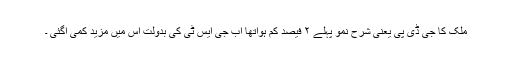
ملک کا جی ڈی پی یعنی شرح نمو پہلے ۲ فیصد کم ہواتھا اب جی ایس ٹی کی بدولت اس میں مزید کمی آگئی ۔